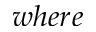
w h e r e